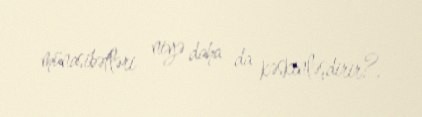
münasibətləri niyə daha da kəskinləşdirir?.